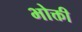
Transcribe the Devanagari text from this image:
भोक्ती